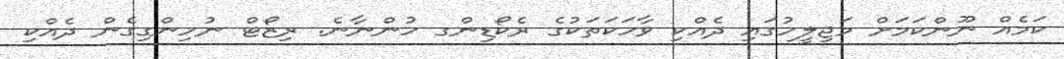
ކަމެއް ނޫންކަމަށް މަޖިލީހުގައި ދެއްކި ވާހަކަތަކުގެ ރެކޯޑިންގ ހުންނާނެ. ރިޒޯޓް ނުހިންގިގެން ދެއްކި